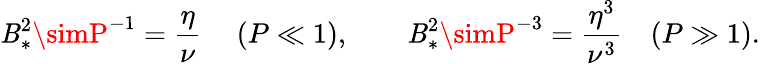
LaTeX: \mathit{B}_{*}^{2}\simP^{-1}=\frac{{\eta}}{{\nu}}\ \quad(P\ll1),\qquad\mathit{B}_{*}^{2}\simP^{-3}=\frac{{\eta^{3}}}{{\nu^{3}}}\quad(P\gg1).